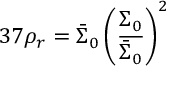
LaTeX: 3 7 \rho _ { r } = \bar { \Sigma } _ { 0 } \left( \frac { \Sigma _ { 0 } } { \bar { \Sigma } _ { 0 } } \right) ^ { 2 }